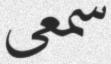
سمعى